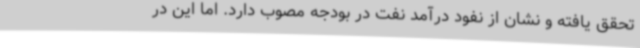
تحقق یافته و نشان از نفود درآمد نفت در بودجه مصوب دارد. اما این در